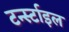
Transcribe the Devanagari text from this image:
टर्न्स्टाइल